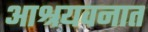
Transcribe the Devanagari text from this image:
आश्रयवनात